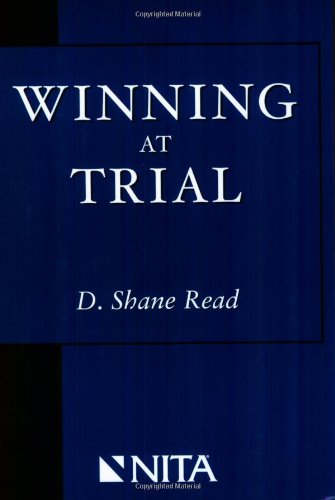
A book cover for Winning at Trial (Winner of ACLEA's Highest Award for Professional Excellence); D. Shane Read; Law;